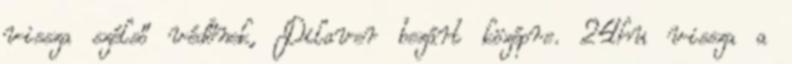
vissza szélső védőnek, Dilaver bezárt középre. 24hu vissza a